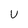
Character: U